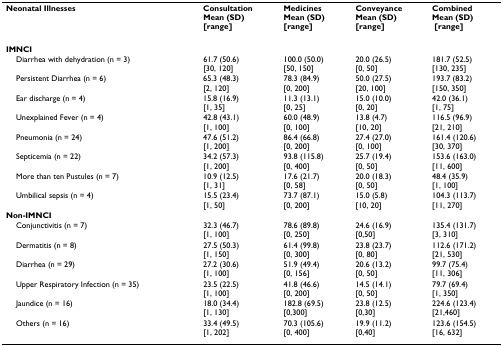
<table><thead><tr><td><b>Neonatal Illnesses</b></td><td><b>ConsultationMean (SD) [range]</b></td><td><b>MedicinesMean (SD) [range]</b></td><td><b>ConveyanceMean (SD) [range]</b></td><td><b>CombinedMean (SD) [range]</b></td></tr></thead><tbody><tr><td><b>IMNCI</b></td><td></td><td></td><td></td><td></td></tr><tr><td> Diarrhea with dehydration (n = 3)</td><td>61.7 (50.6)[30, 120]</td><td>100.0 (50.0)[50, 150]</td><td>20.0 (26.5)[0, 50]</td><td>181.7 (52.5)[130, 235]</td></tr><tr><td> Persistent Diarrhea (n = 6)</td><td>65.3 (48.3)[2, 120]</td><td>78.3 (84.9)[0, 200]</td><td>50.0 (27.5)[20, 100]</td><td>193.7 (83.2)[150, 350]</td></tr><tr><td> Ear discharge (n = 4)</td><td>15.8 (16.9)[1, 35]</td><td>11.3 (13.1)[0, 25]</td><td>15.0 (10.0)[0, 20]</td><td>42.0 (36.1)[1, 75]</td></tr><tr><td> Unexplained Fever (n = 4)</td><td>42.8 (43.1)[1, 100]</td><td>60.0 (48.9)[0, 100]</td><td>13.8 (4.7)[10, 20]</td><td>116.5 (96.9)[21, 210]</td></tr><tr><td> Pneumonia (n = 24)</td><td>47.6 (51.2)[1, 200]</td><td>86.4 (66.8)[0, 200]</td><td>27.4 (27.0)[0, 100]</td><td>161.4 (120.6)[30, 370]</td></tr><tr><td> Septicemia (n = 22)</td><td>34.2 (57.3)[1, 200]</td><td>93.8 (115.8)[0, 400]</td><td>25.7 (19.4)[0, 50]</td><td>153.6 (163.0)[11, 600]</td></tr><tr><td> More than ten Pustules (n = 7)</td><td>10.9 (12.5)[1, 31]</td><td>17.6 (21.7)[0, 58]</td><td>20.0 (18.3)[0, 50]</td><td>48.4 (35.9)[1, 100]</td></tr><tr><td> Umbilical sepsis (n = 4)</td><td>15.5 (23.4)[1, 50]</td><td>73.7 (87.1)[0, 200]</td><td>15.0 (5.8)[10, 20]</td><td>104.3 (113.7)[11, 270]</td></tr><tr><td><b>Non-IMNCI</b></td><td></td><td></td><td></td><td></td></tr><tr><td> Conjunctivitis (n = 7)</td><td>32.3 (46.7)[1, 100]</td><td>78.6 (89.8)[0, 250]</td><td>24.6 (16.9)[0,50]</td><td>135.4 (131.7)[3, 310]</td></tr><tr><td> Dermatitis (n = 8)</td><td>27.5 (50.3)[1, 150]</td><td>61.4 (99.8)[0, 300]</td><td>23.8 (23.7)[0, 80]</td><td>112.6 (171.2)[21, 530]</td></tr><tr><td> Diarrhea (n = 29)</td><td>27.2 (30.6)[1, 100]</td><td>51.9 (49.4)[0, 156]</td><td>20.6 (13.2)[0, 50]</td><td>99.7 (75.4)[11, 306]</td></tr><tr><td> Upper Respiratory Infection (n = 35)</td><td>23.5 (22.5)[1, 100]</td><td>41.8 (46.6)[0, 200]</td><td>14.5 (14.1)[0, 50]</td><td>79.7 (69.4)[1, 350]</td></tr><tr><td> Jaundice (n = 16)</td><td>18.0 (34.4)[1, 130]</td><td>182.8 (69.5)[0,300]</td><td>23.8 (12.5)[0,30]</td><td>224.6 (123.4)[21,460]</td></tr><tr><td> Others (n = 16)</td><td>33.4 (49.5)[1, 202]</td><td>70.3 (105.6)[0, 400]</td><td>19.9 (11.2)[0,40]</td><td>123.6 (154.5)[16, 632]</td></tr></tbody></table>